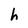
Character: h